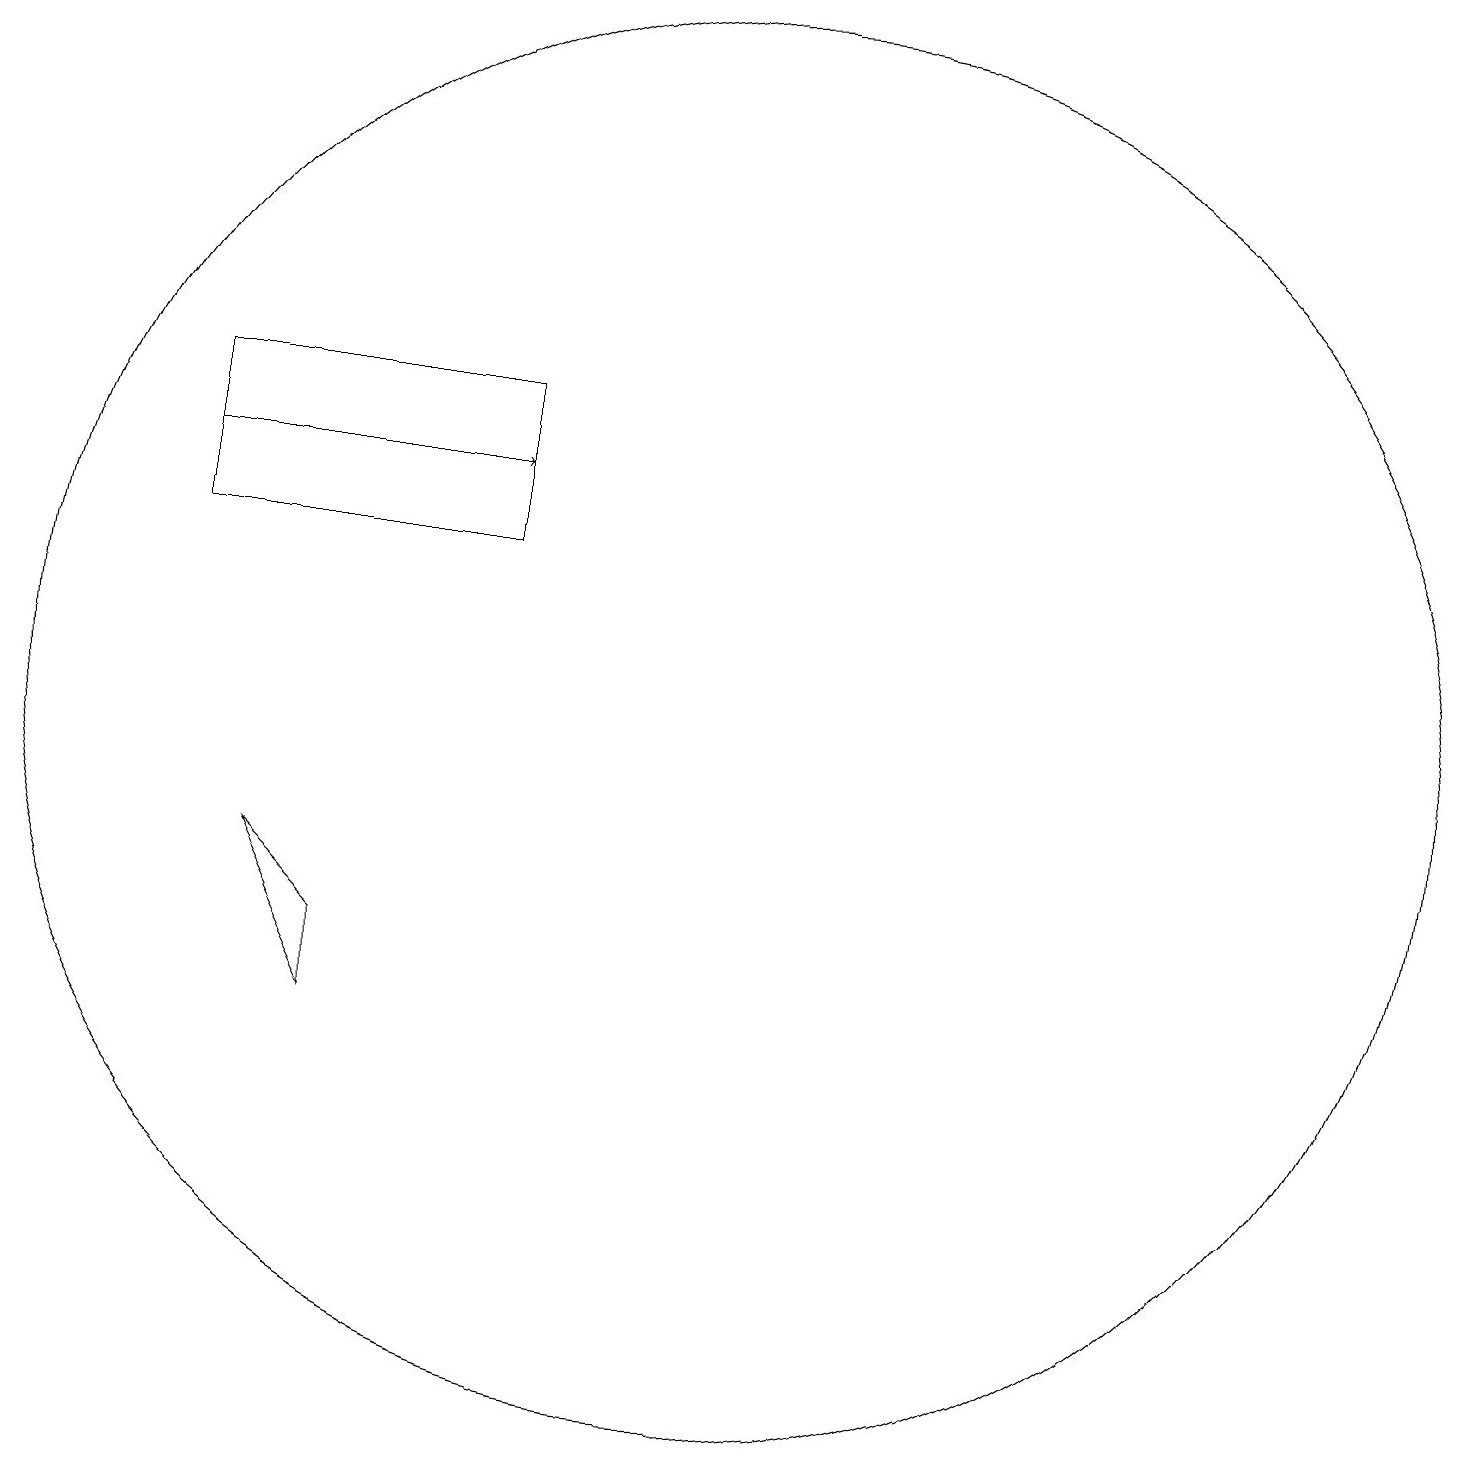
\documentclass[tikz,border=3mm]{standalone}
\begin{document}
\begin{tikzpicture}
\draw (4,9) -- (5,8) -- (5,7) -- cycle;
\draw[->] (3,14) -- (7,14);
\draw (10,11) circle (9);
\draw (7,15) rectangle (3,13);
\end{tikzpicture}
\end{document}